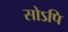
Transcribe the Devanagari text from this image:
सोऽपि